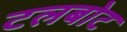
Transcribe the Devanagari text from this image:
टलबोट